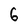
Character: 6